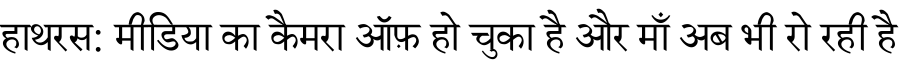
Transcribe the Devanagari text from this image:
हाथरस: मीडिया का कैमरा ऑफ़ हो चुका है और माँ अब भी रो रही है